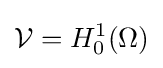
{\mathcal {V}}=H_{0}^{1}(\Omega )